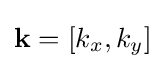
\mathbf {k} =[k_{x},k_{y}]